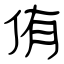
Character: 侑